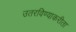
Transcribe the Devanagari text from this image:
उतरविण्याकरीता